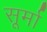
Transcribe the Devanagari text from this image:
सूर्मा